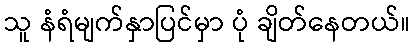
သူ နံရံမျက်နှာပြင်မှာ ပုံ ချိတ်နေတယ်။